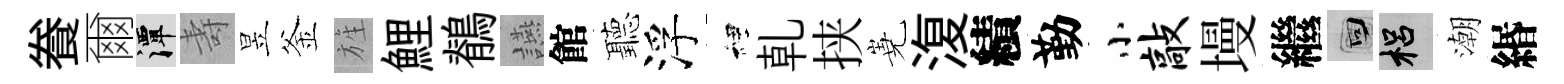
飬爾潭壽昱釜旌鯉鶺讌館聽浮裡乹挟嶤𣸪績勤小敲墁繼回梠潮緡